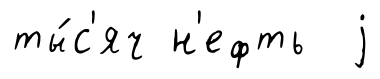
ты́с'яч н'ефть j